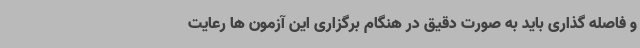
و فاصله گذاری باید به صورت دقیق در هنگام برگزاری این آزمون ها رعایت